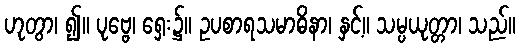
ဟုတွာ၊ ၍။ ပုဗ္ဗေ၊ ရှေး၌။ ဥပစာရသမာဓိနာ၊ နှင့်။ သမ္ပယုတ္တာ၊ သည်။